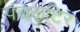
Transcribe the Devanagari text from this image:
पंचकुटिर